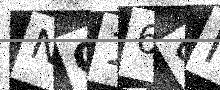
Text: NQ16SI